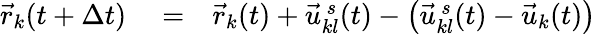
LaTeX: \begin{array}{rlr}{\vec{r}_{k}(t+\Delta t)}&{{}=}&{\vec{r}_{k}(t)+\vec{u}_{kl}^{\, s}(t)-\left(\vec{u}_{kl}^{\, s}(t)-\vec{u}_{k}(t)\right)}\end{array}